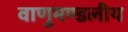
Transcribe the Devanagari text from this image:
वाणुमण्डलीय